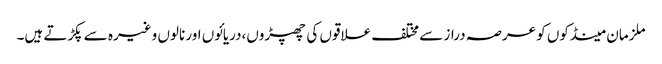
ملزمان مینڈکوں کو عرصہ دراز سے مختلف علاقوں کی چھپڑوں،دریائوں اور نالوں وغیرہ سے پکڑتے ہیں۔